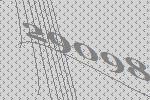
29098